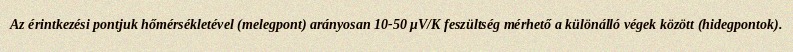
Az érintkezési pontjuk hőmérsékletével (melegpont) arányosan 10-50 μV/K feszültség mérhető a különálló végek között (hidegpontok).